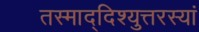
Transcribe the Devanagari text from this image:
तस्माद्दिश्युत्तरस्यां